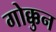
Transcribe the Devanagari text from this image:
गोक्कुन